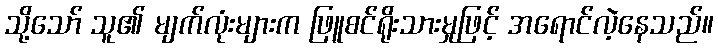
သို့သော် သူ၏ မျက်လုံးများက ဖြူစင်ရိုးသားမှုဖြင့် အရောင်လဲ့နေသည်။